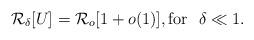
LaTeX: \begin{align*} \mathcal{R}_\delta[U]=\mathcal{R}_o[1+o(1)], \mbox{for }~ \delta\ll 1.\end{align*}